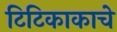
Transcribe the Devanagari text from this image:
टिटिकाकाचे